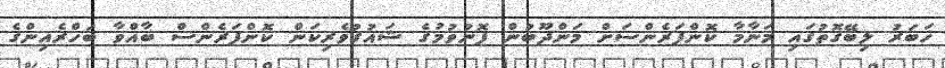
ޚަބަރު ލިބޭގޮތުގައި މަނާމާ ކޮންފަރެންސަށް މަންދޫބުން ފޮނުވުމުގެ ޝައުގުވެރިކަން ކޮންފަރެންސް ބާއްވާ ބަހްރެއިންގެ